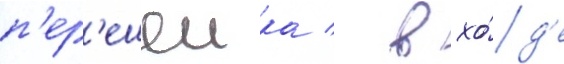
п'ер'ешеика / в хо́д'е